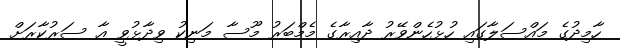
ހާމިދުގެ މައްސަލާގައި ހުޅުހެންވޭރު ދާއިރާގެ މެމްބަރު މޫސާ މަނިކު ވިދާޅުވީ އާ ސަރުކާރަށް